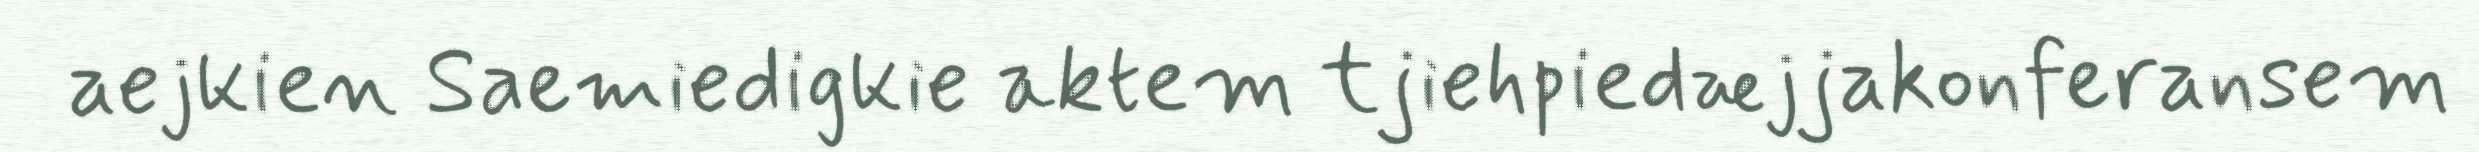
aejkien Saemiedigkie aktem tjiehpiedæjjakonferansem